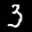
Label: 3